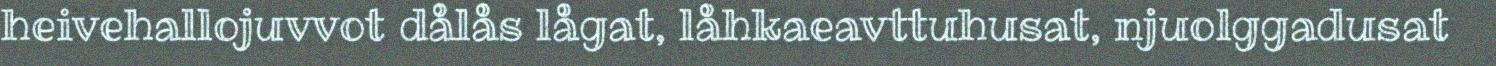
heivehallojuvvot dålås lågat, låhkaeavttuhusat, njuolggadusat